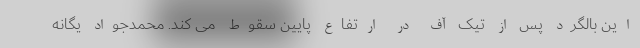
این بالگرد پس از تیک آف در ارتفاع پایین سقوط می کند. محمدجواد یگانه